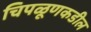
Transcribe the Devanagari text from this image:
चिपळूणकडील